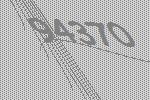
94370